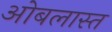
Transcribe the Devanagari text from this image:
ओबलास्त